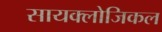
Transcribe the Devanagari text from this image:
सायक्लोजिकल